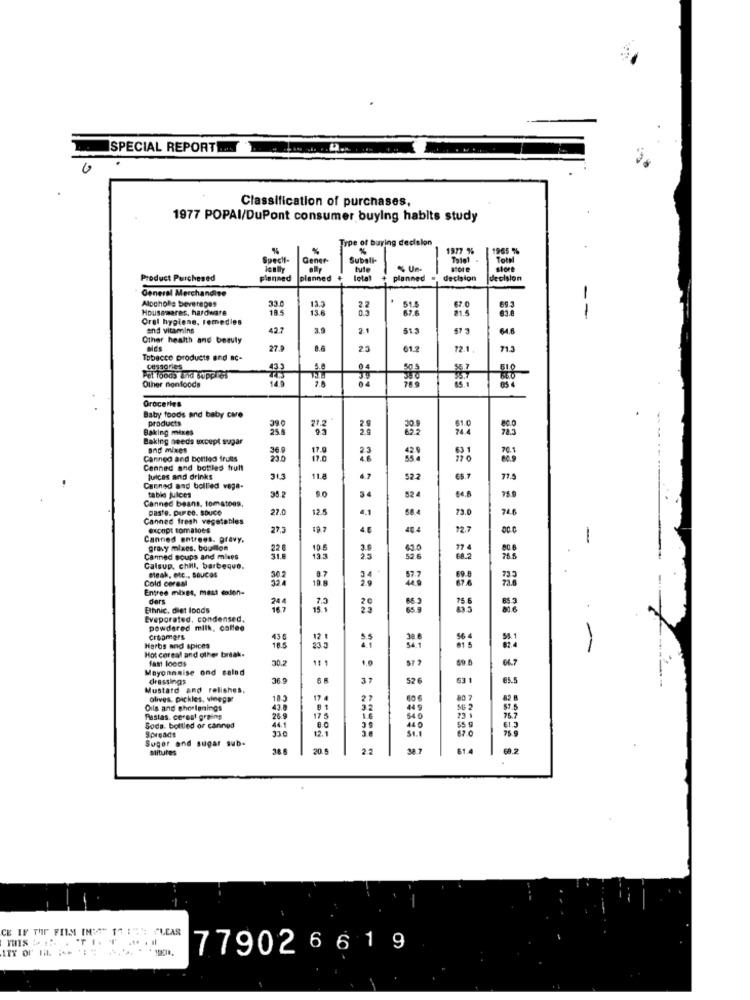
SPECIAL REPORT
Classification of purchases,
1977 POPAI/DuPont consumer buying habits study
Type of buying decision
1977 %
1965 %
Specht-
Gener-
Subsli
Total
lenily
bule
% Un.
store
store
Product Purchased
planned
planned
planned
decision
decision
General Merchandise
Alpchole beverages
330
67.0
-
Housewares, hardware
13.3
13.6
22
51.5
67.6
81.5
Oral hygiene, remedies
and vitamins
427
2.1
47 3
64.8
Other health and beauty
elds
27.
8.8
25
61.2
72.1
71.3
Tobacco products and ac-
04
Pet foods and supp res
Other nonfoods
Groceries
Baby foods and baby care
products
21.2
Baking mixes
Baking needs except sugar
and mixes
36.9
17.0
Canned and bottled fruits
17.6
77 0
Cenned and bottles trutt
juices and drinks
31.3
11.8
4.7
522
Canned and bollled vega-
Canned beans, tomatoes,
table juices
35.2
54
524
75.8
paste. pureo. Souce
27.0
12.5
4.1
58.4
73.0
Canned fresh vegetables
except tomatoes
27.3
19.7
4.5
484
72.7
Canned entrees. gravy.
gravy mises. boullon
22
10.5
3.9
77 4
Canned soups and mlees
25
68.2
Calsup. chill, barbeque.
30.2
0.7
Cold cerasi
Bleah, etc .. SOUces
19.8
876
69.0
733
73.6
Entree mixes, mast coden-
ders
24 4
20
65.3
Ethnic, diet Ipods
15 1
Evaporated, condensed.
powdered milk, callee
Creamers
43.6
12 1
Herbs and spices
Hot coreal and other break.
18.5
23.3
81 5
fast loods
11 1
59.0
Mayonnaise ond caled
dressings
36.9
37
526
63 1
Mustard and relishes,
olives, pickles, vinegar
18.3
17 4
27
»
82 8
Oils and ghorlanings
43.0
44 9
56 2
Pastas. cereal greing
26.9
17.5
SC
54 0
55 g
76.7
Soda. bottled or canned
Spreadt
12.1
St.1
61.3
75.9
Suger and sugar sub-
stitures
36.6
20.5
2.
61.4
69.2
CE IF THE FILM IMG" 1" I"": CLEAR
77902 6 6 1 9